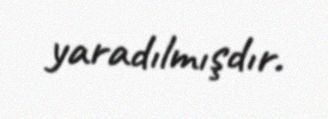
yaradılmışdır.